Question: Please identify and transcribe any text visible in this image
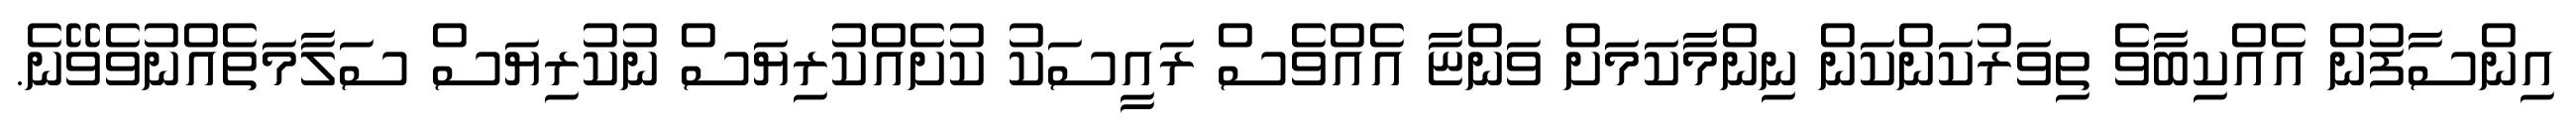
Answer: އިންސާފުން އެއްކިބާވެ ތިވަރުކަންކަން ނިންމާކަމަށް ވަންޏާ އެއްވެސް ރައީސަކު ކުށެއްކުރިޔަސް ނުކުރިޔަސް ސަލާމަތެއްނުވެވޭނެ.